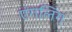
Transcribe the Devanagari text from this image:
एंगलिंग